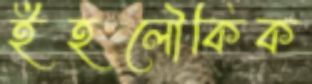
ইহলৌকিক